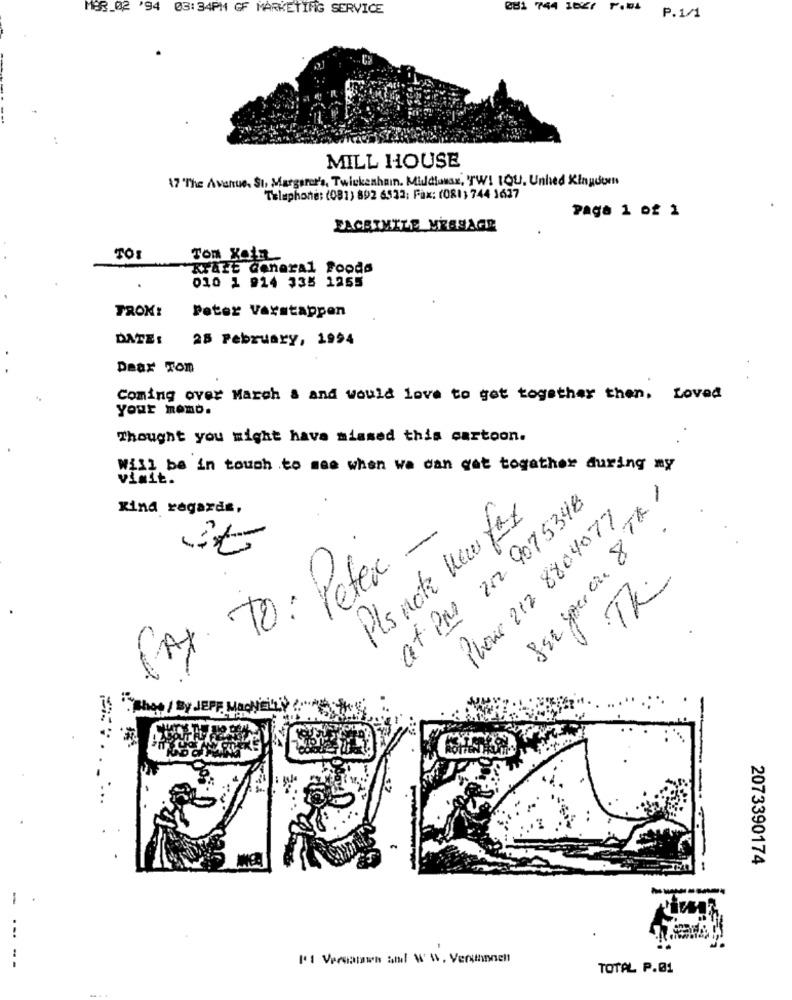
MOR_02 '94 03:34PM GF MARKETING SERVICE
281 744 102/ F. P.1/1
MILL HOUSE
17 The Avenue, SI, Margarer's, Twickenhamn. Middlesex, TW! IOU. Unhed Kingdom
Telephone: (081) 892 6522; Fax: (081) 744 1627
Page 1 of 1
FACSIMILE MESSAGE
TOI
Tom Koin
KrAtt General Foods
010 1 914 335 1255
TROM!
Peter Verstappen
DATE:
25 February, 1994
Daar Tom
Coming over March & and would love to get together then, Loved
Your momd.
Thought you might have missed this cartoon.
Will be in touch to see when we can get togather during my
vimit.
at PM 22 9075348
Kind regards,
Phone 212 8804077
Pls note new fax
it
-
PAX TO: Peter
Th.
BY JEPF
2073390174
-
It Versauen and WS. Versthancl
TOTAL P.01